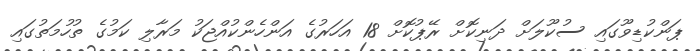
ޕަންކުޑިވޫގައި ސުކޫލަށް ދަނިކޮށް ރޭޕުކޮށް 18 އަހަރުގެ އަންހެންކުއްޖަކު މަރާލި ކަމުގެ ތުހުމަތުގައި